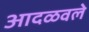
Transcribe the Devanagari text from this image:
आदळवले